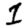
Digit: 1